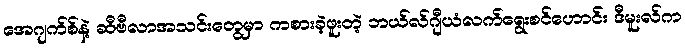
အေဂျက်စ်နဲ့ ဆီဗီလာအသင်းတွေမှာ ကစားခဲ့ဖူးတဲ့ ဘယ်လ်ဂျီယံလက်ရွေးစင်ဟောင်း ဒီမူးလ်က